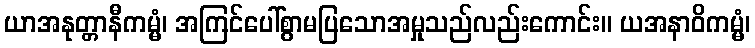
ယာအနုတ္တာနီကမ္မံ၊ အကြင်ပေါ်စွာမပြသောအမှုသည်လည်းကောင်း။ ယအနာဝိကမ္မံ၊